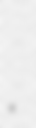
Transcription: Γ.Σ